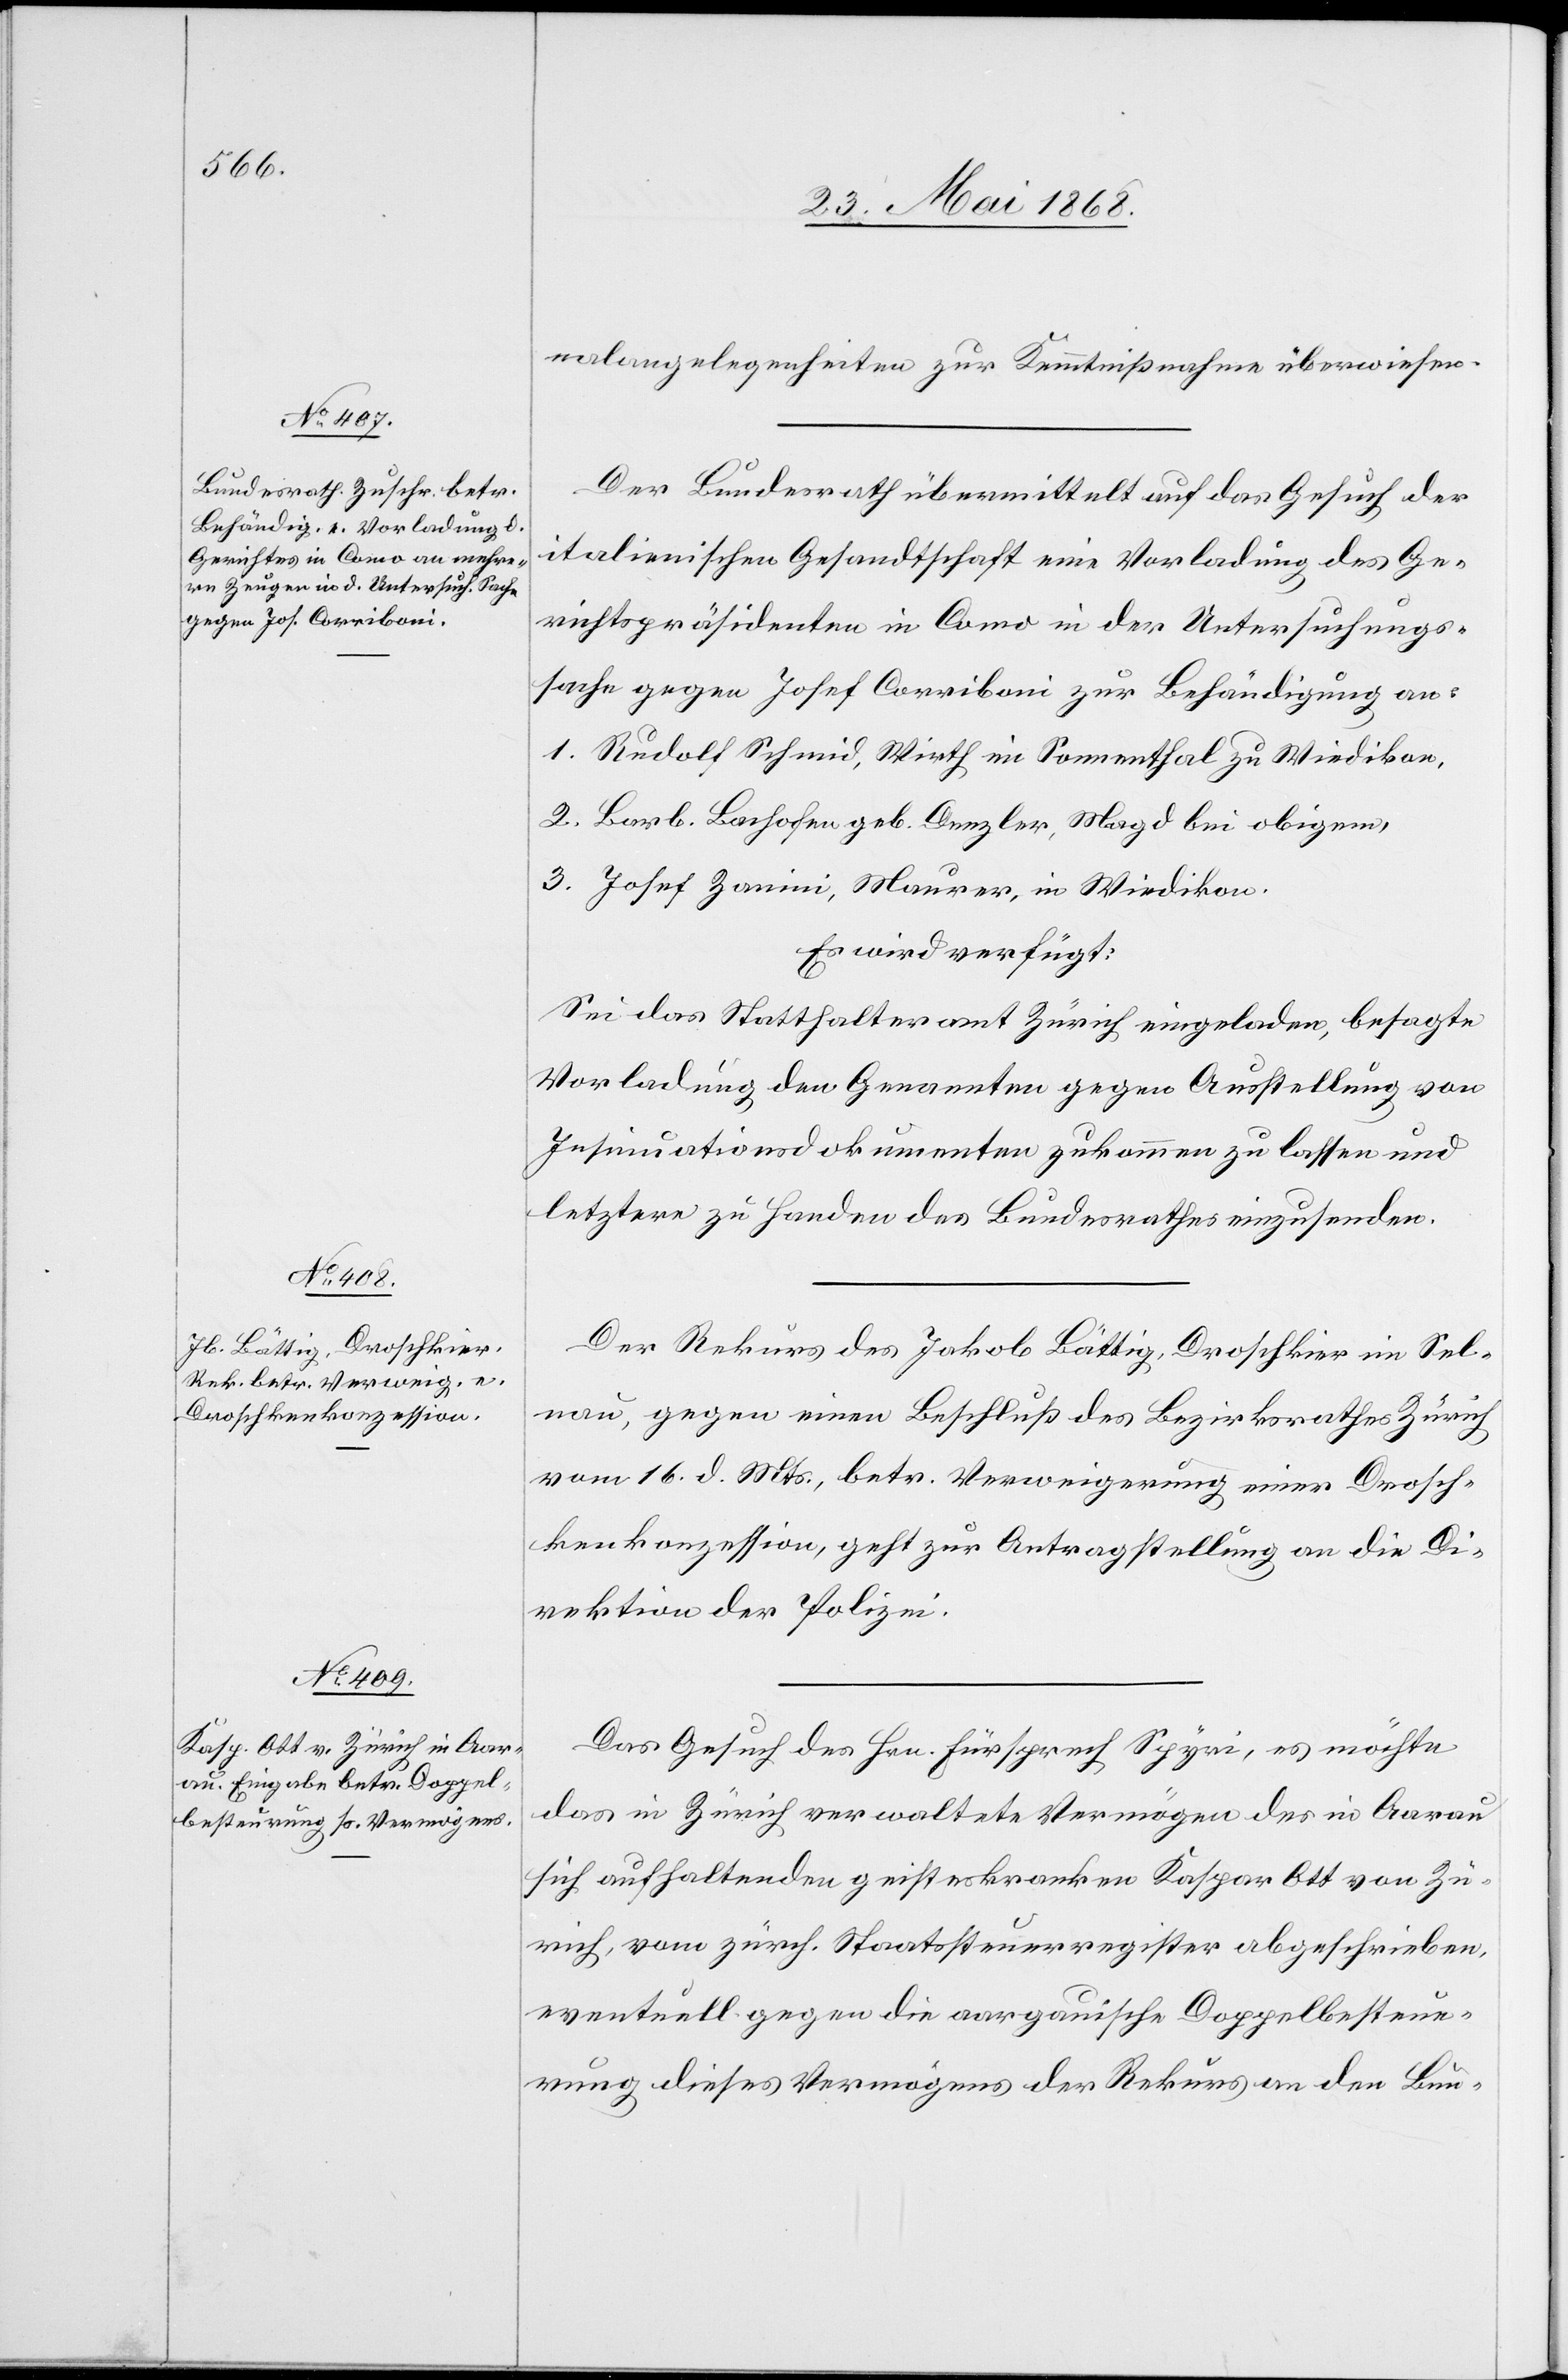
30. Mai 1868.]
nalangelegenheiten zur Kenntnißnahme überwiesen.
Der Bundesrath übermittelt auf das Gesuch der
italienischen Gesandtschaft eine Vorladung des Ge¬
richtspräsidenten in Como in der Untersuchungs¬
sache gegen Josef Corriboni zur Behändigung an:
1. Rudolf Schmid, Wirth im Sonnenthal zu Wiedikon,
2. Barb. Bachofen geb. Denzler, Magd bei obigem,
3. Josef Zanini, Maurer, in Wiedikon.
Es wird verfügt:
Sei das Statthalteramt Zürich eingeladen, besagte
Vorladung den Genannten gegen Ausstellung von
Insinuationsdokumenten zukommen zu lassen und
letztere zu Handen des Bundesrathes einzusenden.
Der Rekurs des Jakob Bättig, Droschkier im Sel¬
nau, gegen einen Beschluß des Bezirksrathes Zürich
vom 16. d. Mts., betr. Verweigerung einer Drosch¬
kenkonzession, geht zur Antragstellung an die Di¬
rektion der Polizei.
Das Gesuch des Hrn. Fürsprech Spyri, es möchte
das in Zürich verwaltete Vermögen des in Aarau
sich aufhaltenden geisteskranken Kaspar Ott von Zü¬
rich, vom zürch. Staatssteuerregister abgeschrieben,
eventuell gegen die aargauische Doppelbesteue¬
rung dieses Vermögens der Rekurs an den Bun-